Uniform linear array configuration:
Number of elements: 8
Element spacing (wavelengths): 0.75
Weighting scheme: blackman
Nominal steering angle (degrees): -45
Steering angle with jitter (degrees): -43.544
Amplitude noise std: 0.05
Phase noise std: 0.05

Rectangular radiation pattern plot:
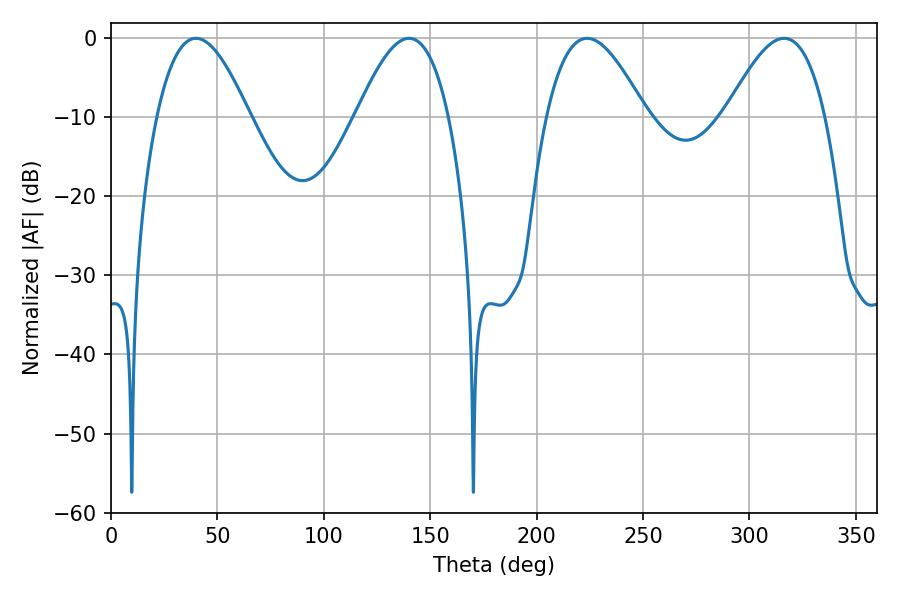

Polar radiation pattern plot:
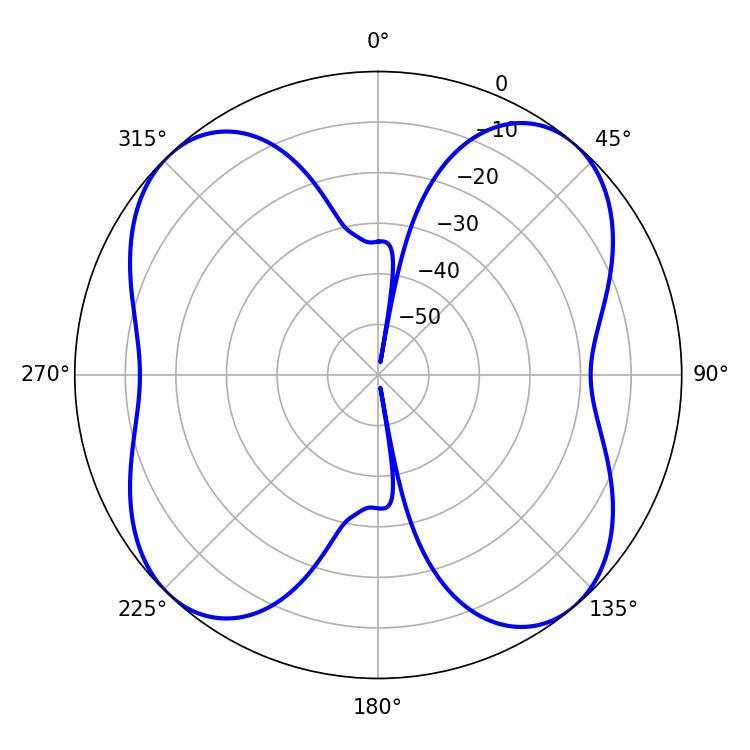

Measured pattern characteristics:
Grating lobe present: TRUE
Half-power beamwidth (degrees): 23.58
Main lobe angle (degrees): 39.96